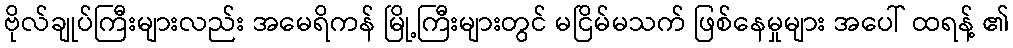
ဗိုလ်ချုပ်ကြီးများလည်း အမေရိကန် မြို့ကြီးများတွင် မငြိမ်မသက် ဖြစ်နေမှုများ အပေါ် ထရန့် ၏